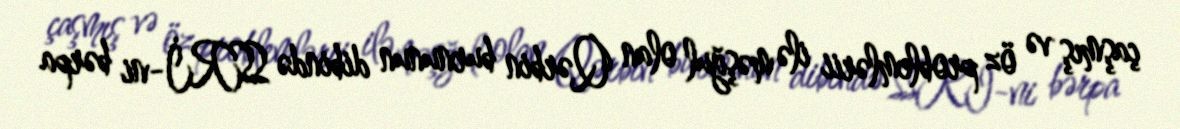
çaşmış və öz problemlərii ilə məşğul olan Qərbin burnunun dibində SSRİ-ni bərpa